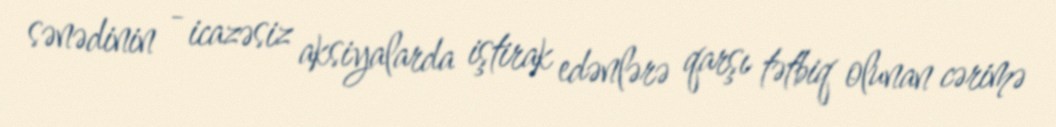
sənədinin - icazəsiz aksiyalarda iştirak edənlərə qarşı tətbiq olunan cərimə